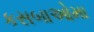
કસબાઓમા